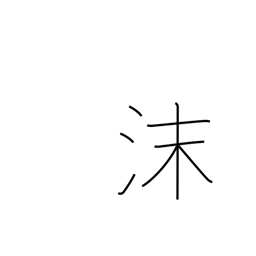
Meaning: suds